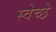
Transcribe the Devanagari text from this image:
स्वेच्छे